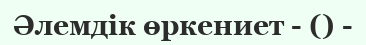
Әлемдік өркениет - () -